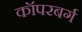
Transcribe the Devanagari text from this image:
कॉपरबर्ग